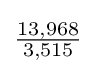
{\tfrac {13,968}{3,515}}